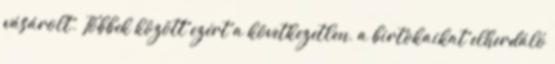
vásárolt. Többek között ezért a következetlen, a birtokaikat elherdáló